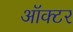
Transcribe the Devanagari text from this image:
ऑक्टर